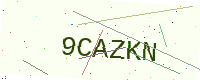
Text: 9CAZKN